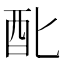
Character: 䣥